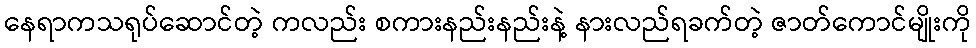
နေရာကသရုပ်ဆောင်တဲ့ ကလည်း စကားနည်းနည်းနဲ့ နားလည်ရခက်တဲ့ ဇာတ်ကောင်မျိုးကို